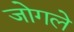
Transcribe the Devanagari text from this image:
जोगले